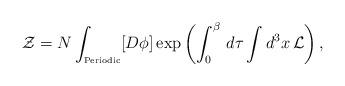
LaTeX: \begin{align*}{\cal Z} = N\int_{\mbox{\tiny Periodic}} [D\phi]\exp{\left(\int_0^\beta\,d\tau\int d^3x\,{\cal L}\right)}\,,\end{align*}